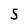
Character: 5